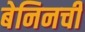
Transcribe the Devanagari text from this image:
बेनिनची